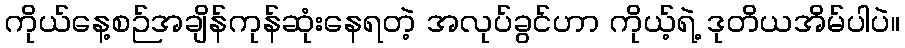
ကိုယ်နေ့စဉ်အချိန်ကုန်ဆုံးနေရတဲ့ အလုပ်ခွင်ဟာ ကိုယ့်ရဲ့ ဒုတိယအိမ်ပါပဲ။